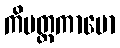
ကိမတ္ထကာမော